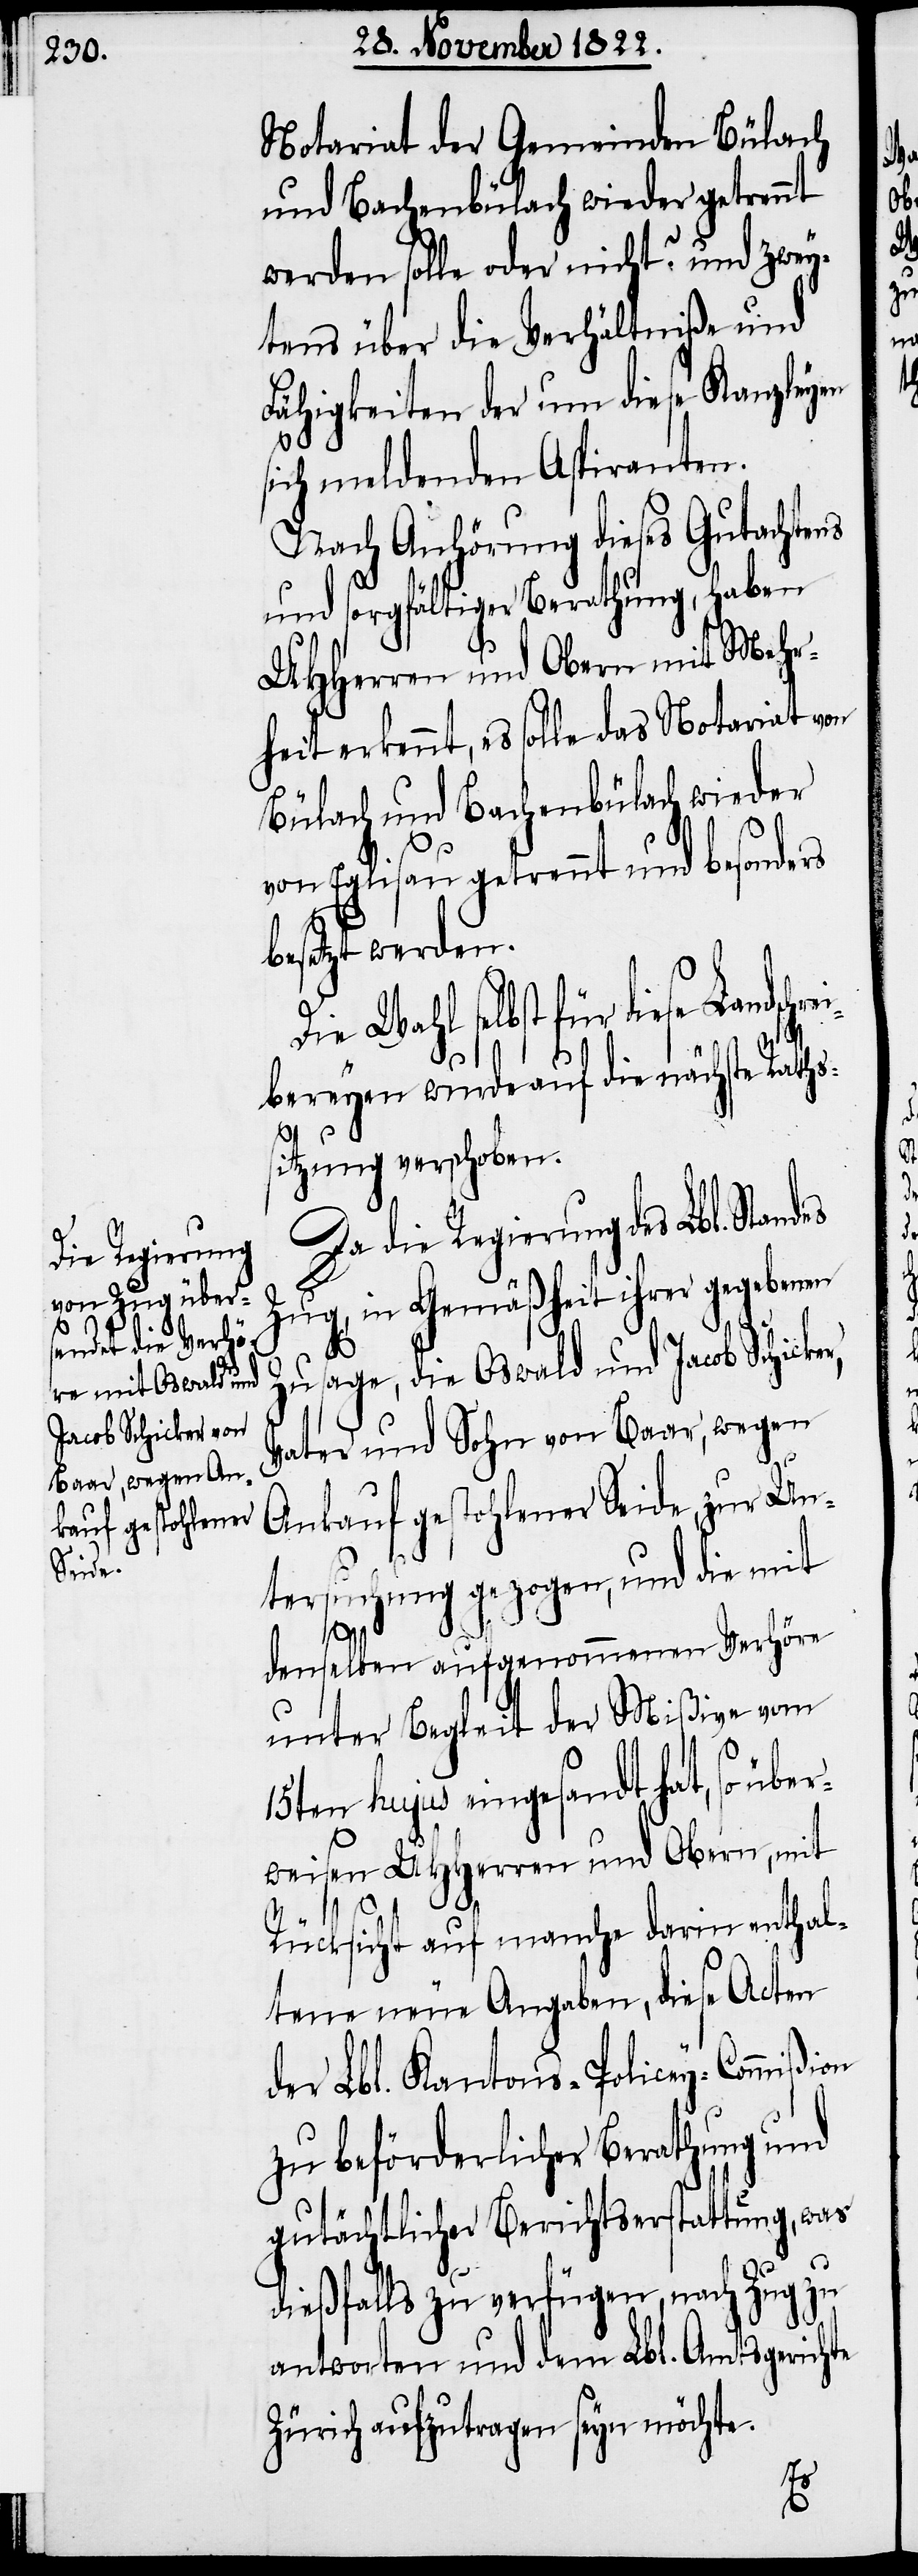
Notariat der Gemeinden Bülach
und Bachenbülach wieder getrennt
werden solle oder nicht? und zwey¬
tens über die Verhältniße und
Fähigkeiten der um diese Kanzleyen
sich meldenden Aspiranten.
Nach Anhörung dieses Gutachtens
und sorgfältiger Berathung, haben
UHHerren und Obern mit Mehr¬
heit erkennt, es solle das Notariat von
Bülach und Bachenbülach wieder
von Eglisau getrennt und besonders
besetzt werden.
Die Wahl selbst für diese Landschr¬
r,
bereyen wurde auf die nächste Raths¬
sitzung verschoben.
Die die Regierung des Lbl. Stan¬
Zug, in Gemäßheit ihrer gegebenen
Zusage, die Oswald und Jacob Schicke¬
Vater und Sohn von Baar, wegen
Ankauf gestohlener Seide, zur Un¬
tersuchung gezogen, und die mit
denselben aufgenommenen Verhöre
unter Begleit der Mißive vom
15ten hujus eingesandt hat, so über¬
weisen UHHerren und Obern, mit
des
Rücksicht auf manche darin enthal¬
tene neue Angaben, diese Acten
der Lbl. Kantons-Policey-Commißion
zu beförderlicher Berathung und
gutächtlicher Berichtserstattung, was
dießfalls zu verfügen, nach Zug zu
antworten und dem Lbl. Amtsgerichte
Zürich aufzutragen seyn möchte.